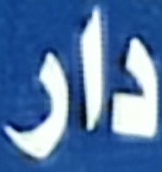
دار